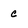
Character: c